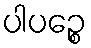
ပါပဉ္စေ